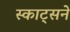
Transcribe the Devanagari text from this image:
स्काट्सने